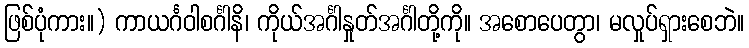
ဖြစ်ပုံကား။) ကာယင်္ဂဝါစင်္ဂါနိ၊ ကိုယ်အင်္ဂါနှုတ်အင်္ဂါတို့ကို။ အစောပေတွာ၊ မလှုပ်ရှားစေဘဲ။